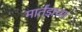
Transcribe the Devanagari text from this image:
मार्तंडाच्या